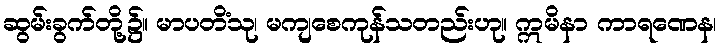
ဆွမ်းခွက်တို့၌။ မာပတိံသု၊ မကျစေကုန်သတည်းဟု။ ဣမိနာ ကာရဏေန၊